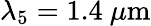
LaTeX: \lambda_{5}=1.4~\mu\mathrm{m}